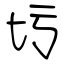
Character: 圬